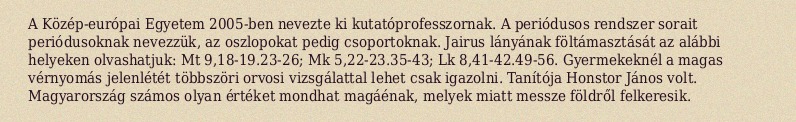
A Közép-európai Egyetem 2005-ben nevezte ki kutatóprofesszornak. A periódusos rendszer sorait periódusoknak nevezzük, az oszlopokat pedig csoportoknak. Jairus lányának föltámasztását az alábbi helyeken olvashatjuk: Mt 9,18-19.23-26; Mk 5,22-23.35-43; Lk 8,41-42.49-56. Gyermekeknél a magas vérnyomás jelenlétét többszöri orvosi vizsgálattal lehet csak igazolni. Tanítója Honstor János volt. Magyarország számos olyan értéket mondhat magáénak, melyek miatt messze földről felkeresik.